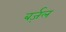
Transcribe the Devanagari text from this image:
बर्ज़ल